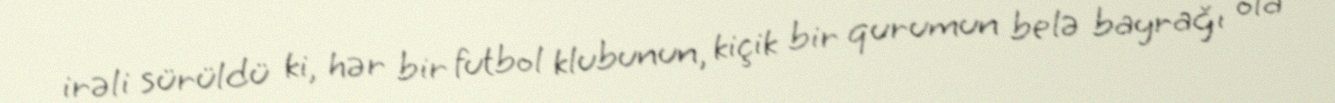
irəli sürüldü ki, hər bir futbol klubunun, kiçik bir qurumun belə bayrağı ola